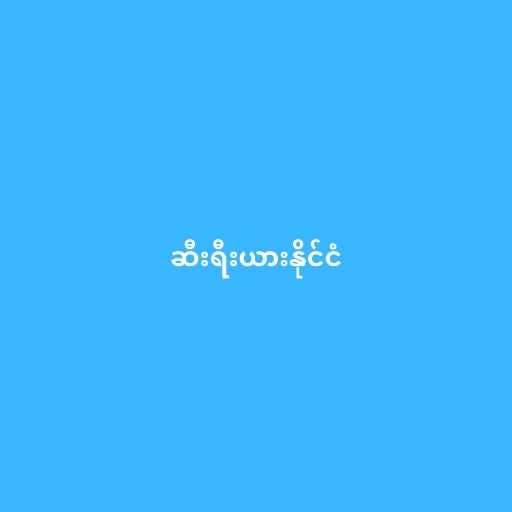
ဆီးရီးယားနိုင်ငံ